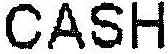
CASH